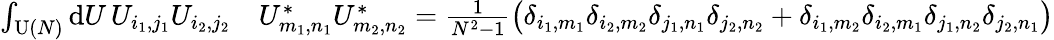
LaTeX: \begin{array}{rl}{\int_{\operatorname{U}(N)}\mathrm{d}U\, U_{i_{1},j_{1}}U_{i_{2},j_{2}}}&{{}U_{m_{1},n_{1}}^{*}U_{m_{2},n_{2}}^{*}=\frac{1}{N^{2}-1}\big(\delta_{i_{1},m_{1}}\delta_{i_{2},m_{2}}\delta_{j_{1},n_{1}}\delta_{j_{2},n_{2}}+\delta_{i_{1},m_{2}}\delta_{i_{2},m_{1}}\delta_{j_{1},n_{2}}\delta_{j_{2},n_{1}}\big)}\end{array}